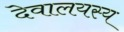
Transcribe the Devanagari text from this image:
देवालयस्य